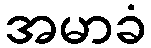
အမာခံ